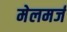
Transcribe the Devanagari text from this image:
मेलमर्ज